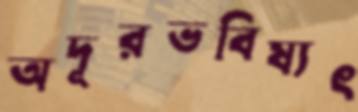
অদূরভবিষ্যৎ